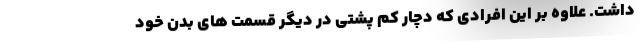
داشت. علاوه بر این افرادی که دچار کم پشتی در دیگر قسمت های بدن خود